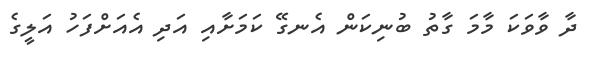
ދާ ވާވަކަ މާމަ ގާތު ބުނިކަން އެނގޭ ކަމަށާއި އަދި އެއަށްފަހު އަލީގެ